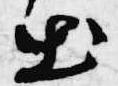
出